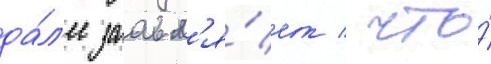
да́л'ее заавл'я́ет / что́